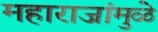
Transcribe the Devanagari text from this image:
महाराजांमुळे